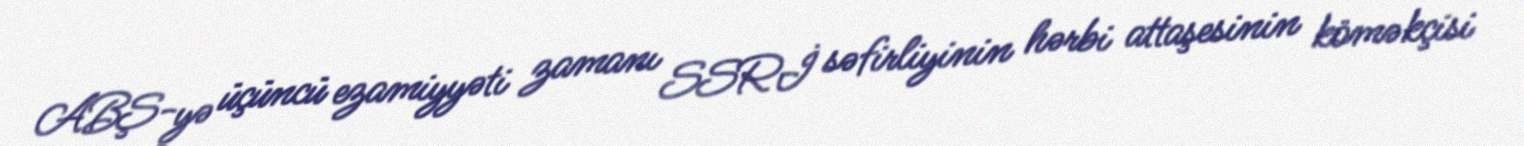
ABŞ-yə üçüncü ezamiyyəti zamanı SSRİ səfirliyinin hərbi attaşesinin köməkçisi